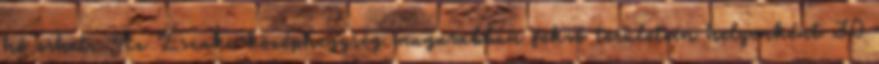
hó eshet. Az Északi-középhegység magasabban fekvő területein helyenként 30